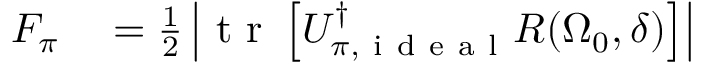
\begin{array} { r l } { F _ { \pi } } & { { } = \frac { 1 } { 2 } \left| \mathrm { ~ t ~ r ~ } \left[ U _ { \pi , \mathrm { ~ i ~ d ~ e ~ a ~ l ~ } } ^ { \dag } R ( \Omega _ { 0 } , \delta ) \right] \right| } \end{array}